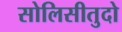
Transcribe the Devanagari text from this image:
सोलिसीतुदो